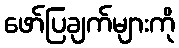
ဖော်ပြချက်များကို